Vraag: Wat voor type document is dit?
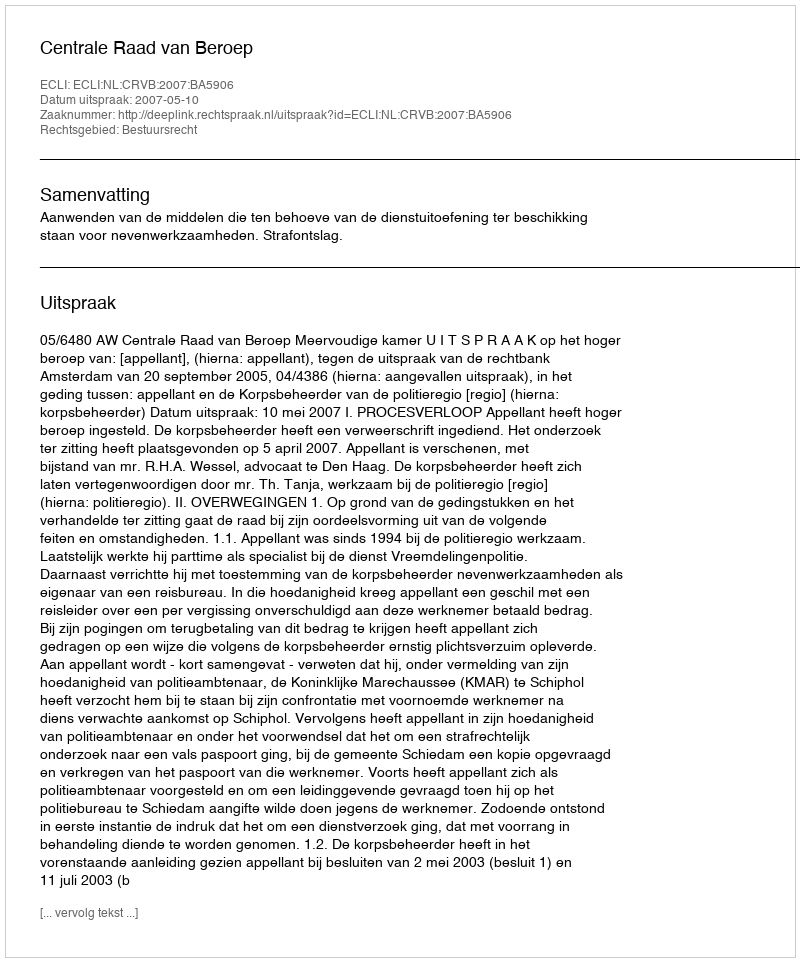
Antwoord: Uitspraak